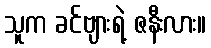
သူက ခင်ဗျားရဲ့ ဇနီးလား။